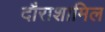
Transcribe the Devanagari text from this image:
दौराशामिल